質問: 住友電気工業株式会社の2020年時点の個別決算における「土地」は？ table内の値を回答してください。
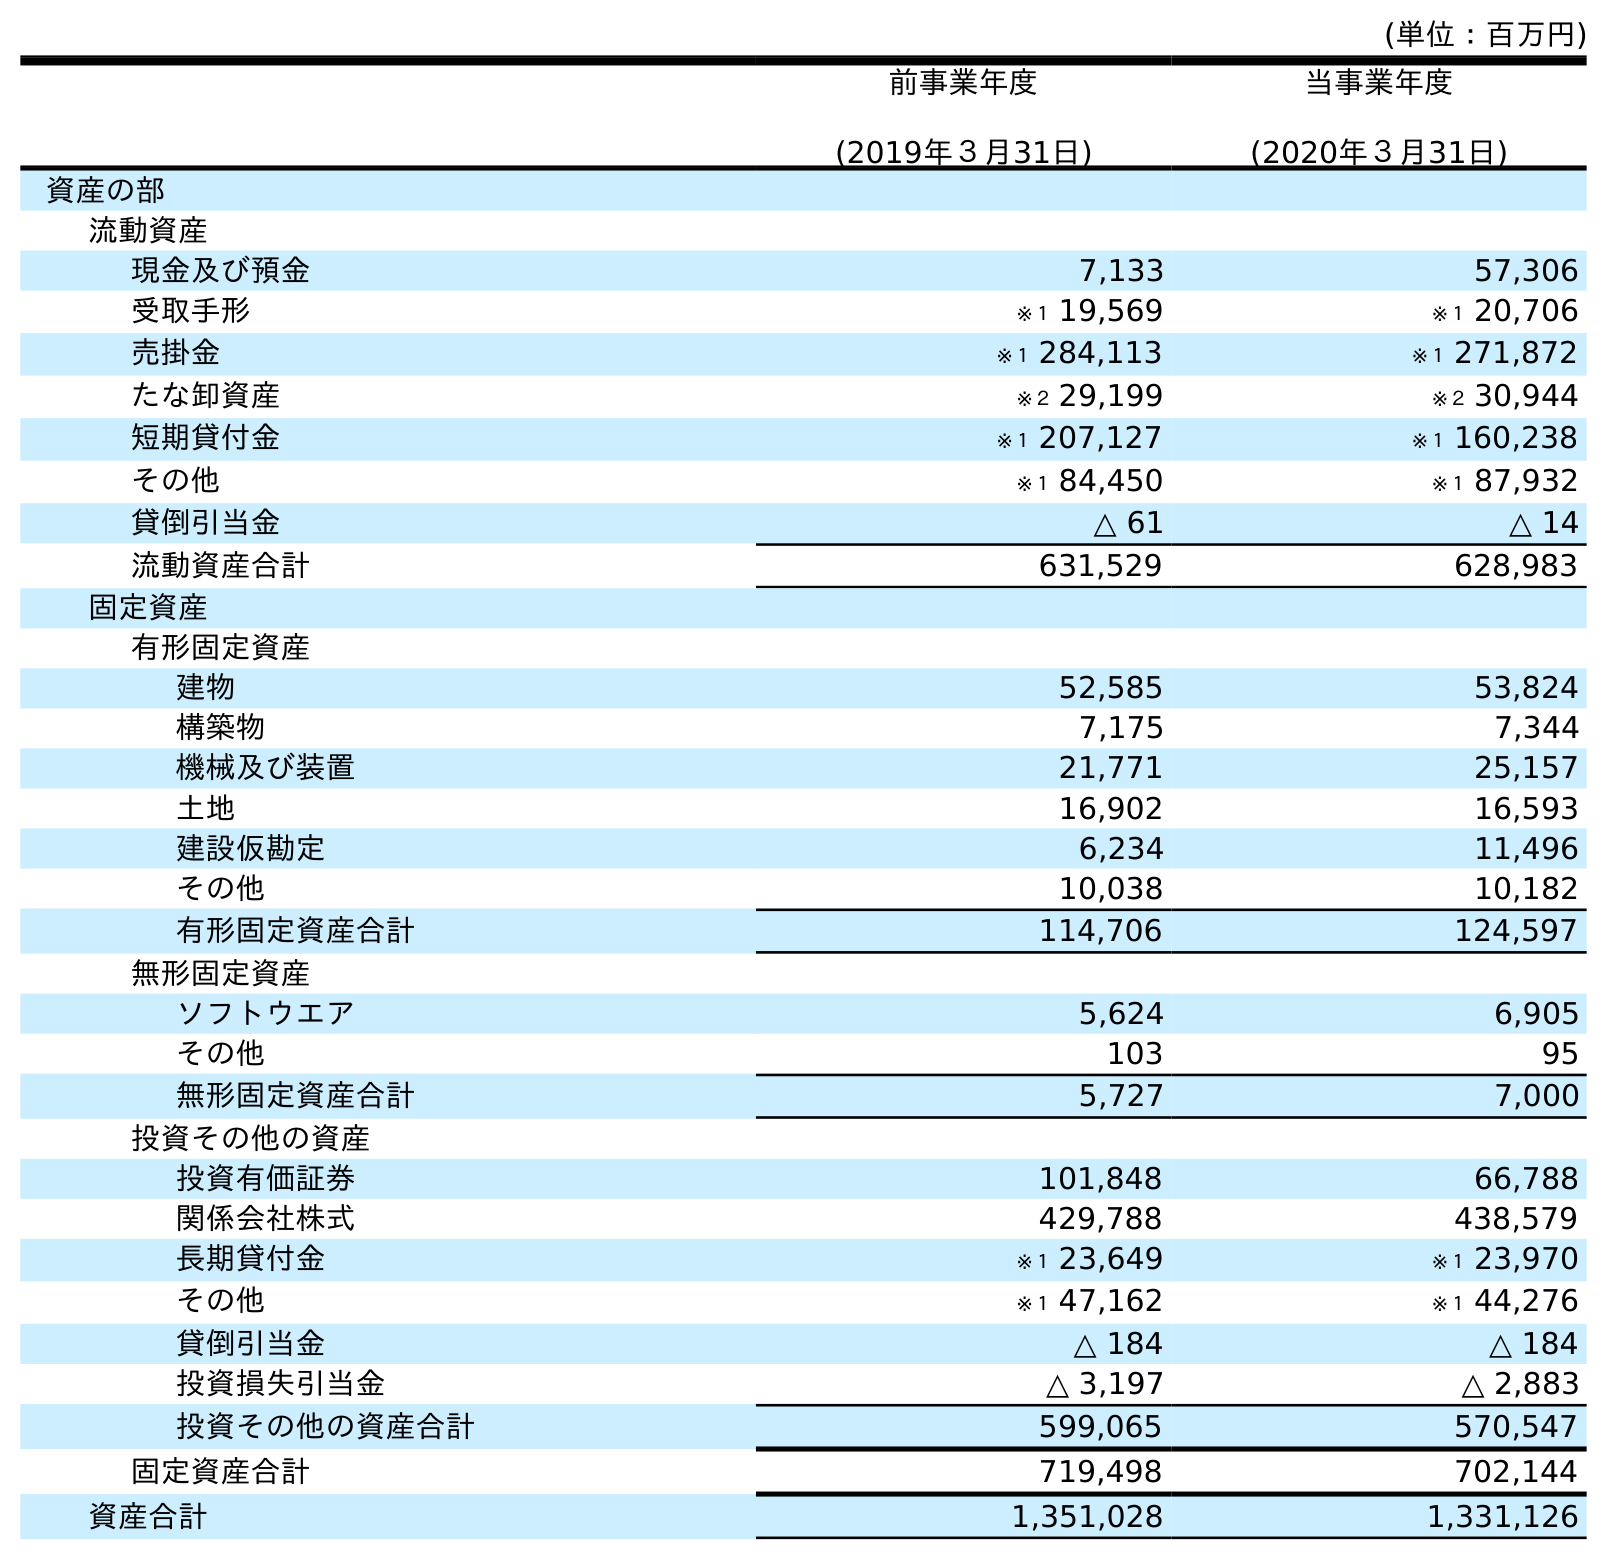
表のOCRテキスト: (単位：百万円) 前事業年度 (2019年３月31日) 当事業年度 (2020年３月31日) 資産の部 流動資産 現金及び預金 7,133 57,306 受取手形 ※１ 19,569 ※１ 20,706 売掛金 ※１ 284,113 ※１ 271,872 たな卸資産 ※２ 29,199 ※２ 30,944 短期貸付金 ※１ 207,127 ※１ 160,238 その他 ※１ 84,450 ※１ 87,932 貸倒引当金 △ 61 △ 14 流動資産合計 631,529 628,983 固定資産 有形固定資産 建物 52,585 53,824 構築物 7,175 7,344 機械及び装置 21,771 25,157 土地 16,902 16,593 建設仮勘定 6,234 11,496 その他 10,038 10,182 有形固定資産合計 114,706 124,597 無形固定資産 ソフトウエア 5,624 6,905 その他 103 95 無形固定資産合計 5,727 7,000 投資その他の資産 投資有価証券 101,848 66,788 関係会社株式 429,788 438,579 長期貸付金 ※１ 23,649 ※１ 23,970 その他 ※１ 47,162 ※１ 44,276 貸倒引当金 △ 184 △ 184 投資損失引当金 △ 3,197 △ 2,883 投資その他の資産合計 599,065 570,547 固定資産合計 719,498 702,144 資産合計 1,351,028 1,331,126
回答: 16,593